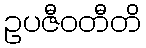
ဥပဇီဝတီတိ